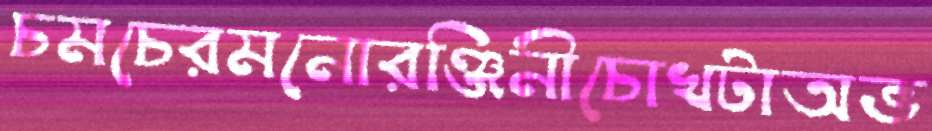
চমচেরমনোরঞ্জিনীচোখটাঅভ